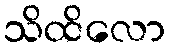
သိထိလော